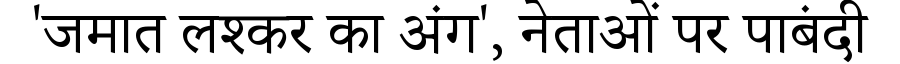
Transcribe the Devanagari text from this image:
'जमात लश्कर का अंग', नेताओं पर पाबंदी